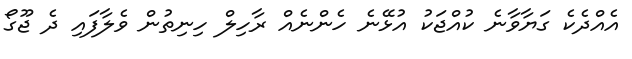
އެއްދެކެ ގަޔާވާނެ ކުއްޖަކު އުޅޭނެ ހެންނެއް ރާހިލް ހިނިތުން ވެލާފައި ދެ ޖޫގޯ